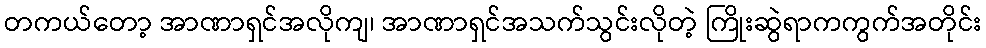
တကယ်တော့ အာဏာရှင်အလိုကျ၊ အာဏာရှင်အသက်သွင်းလိုတဲ့ ကြိုးဆွဲရာကကွက်အတိုင်း